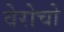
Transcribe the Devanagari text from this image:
वेरोचो